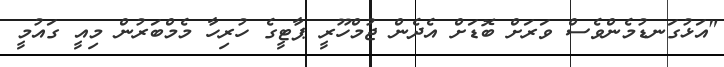
"އަޅުގަނޑުމެންވެސް ވަރަށް ބޮޑަށް އެދެން ޖުމްހޫރީ ޕާޓީގެ ހުރިހާ މެމްބަރުން މިއީ ގައުމީ